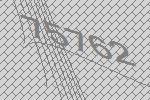
75762